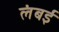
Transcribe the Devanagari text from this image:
लंबई